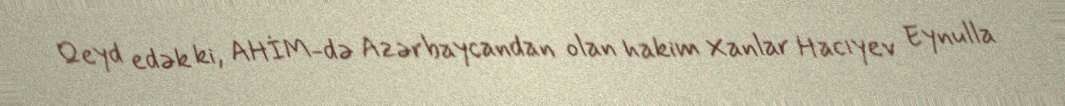
Qeyd edək ki, AHİM-də Azərbaycandan olan hakim Xanlar Hacıyev Eynulla